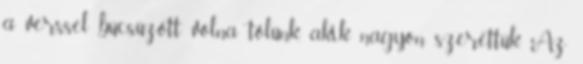
a verssel búcsúzott volna tőlünk, akik nagyon szerettük. Az